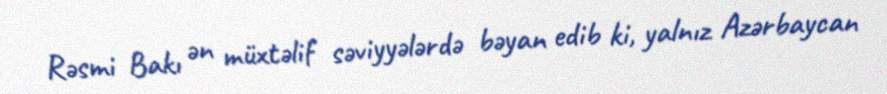
Rəsmi Bakı ən müxtəlif səviyyələrdə bəyan edib ki, yalnız Azərbaycan